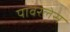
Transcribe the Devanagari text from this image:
पावरलेस